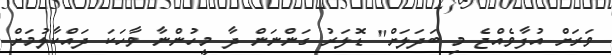
ވަރަށް އުފާވެއްޖެ މި ބަދަލަށް" ޑޮލަރު ގަންނަން ދާ މީހުންނާ ވާހަކަ ދައްކާލުމަށް